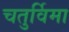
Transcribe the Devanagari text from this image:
चतुर्विमा